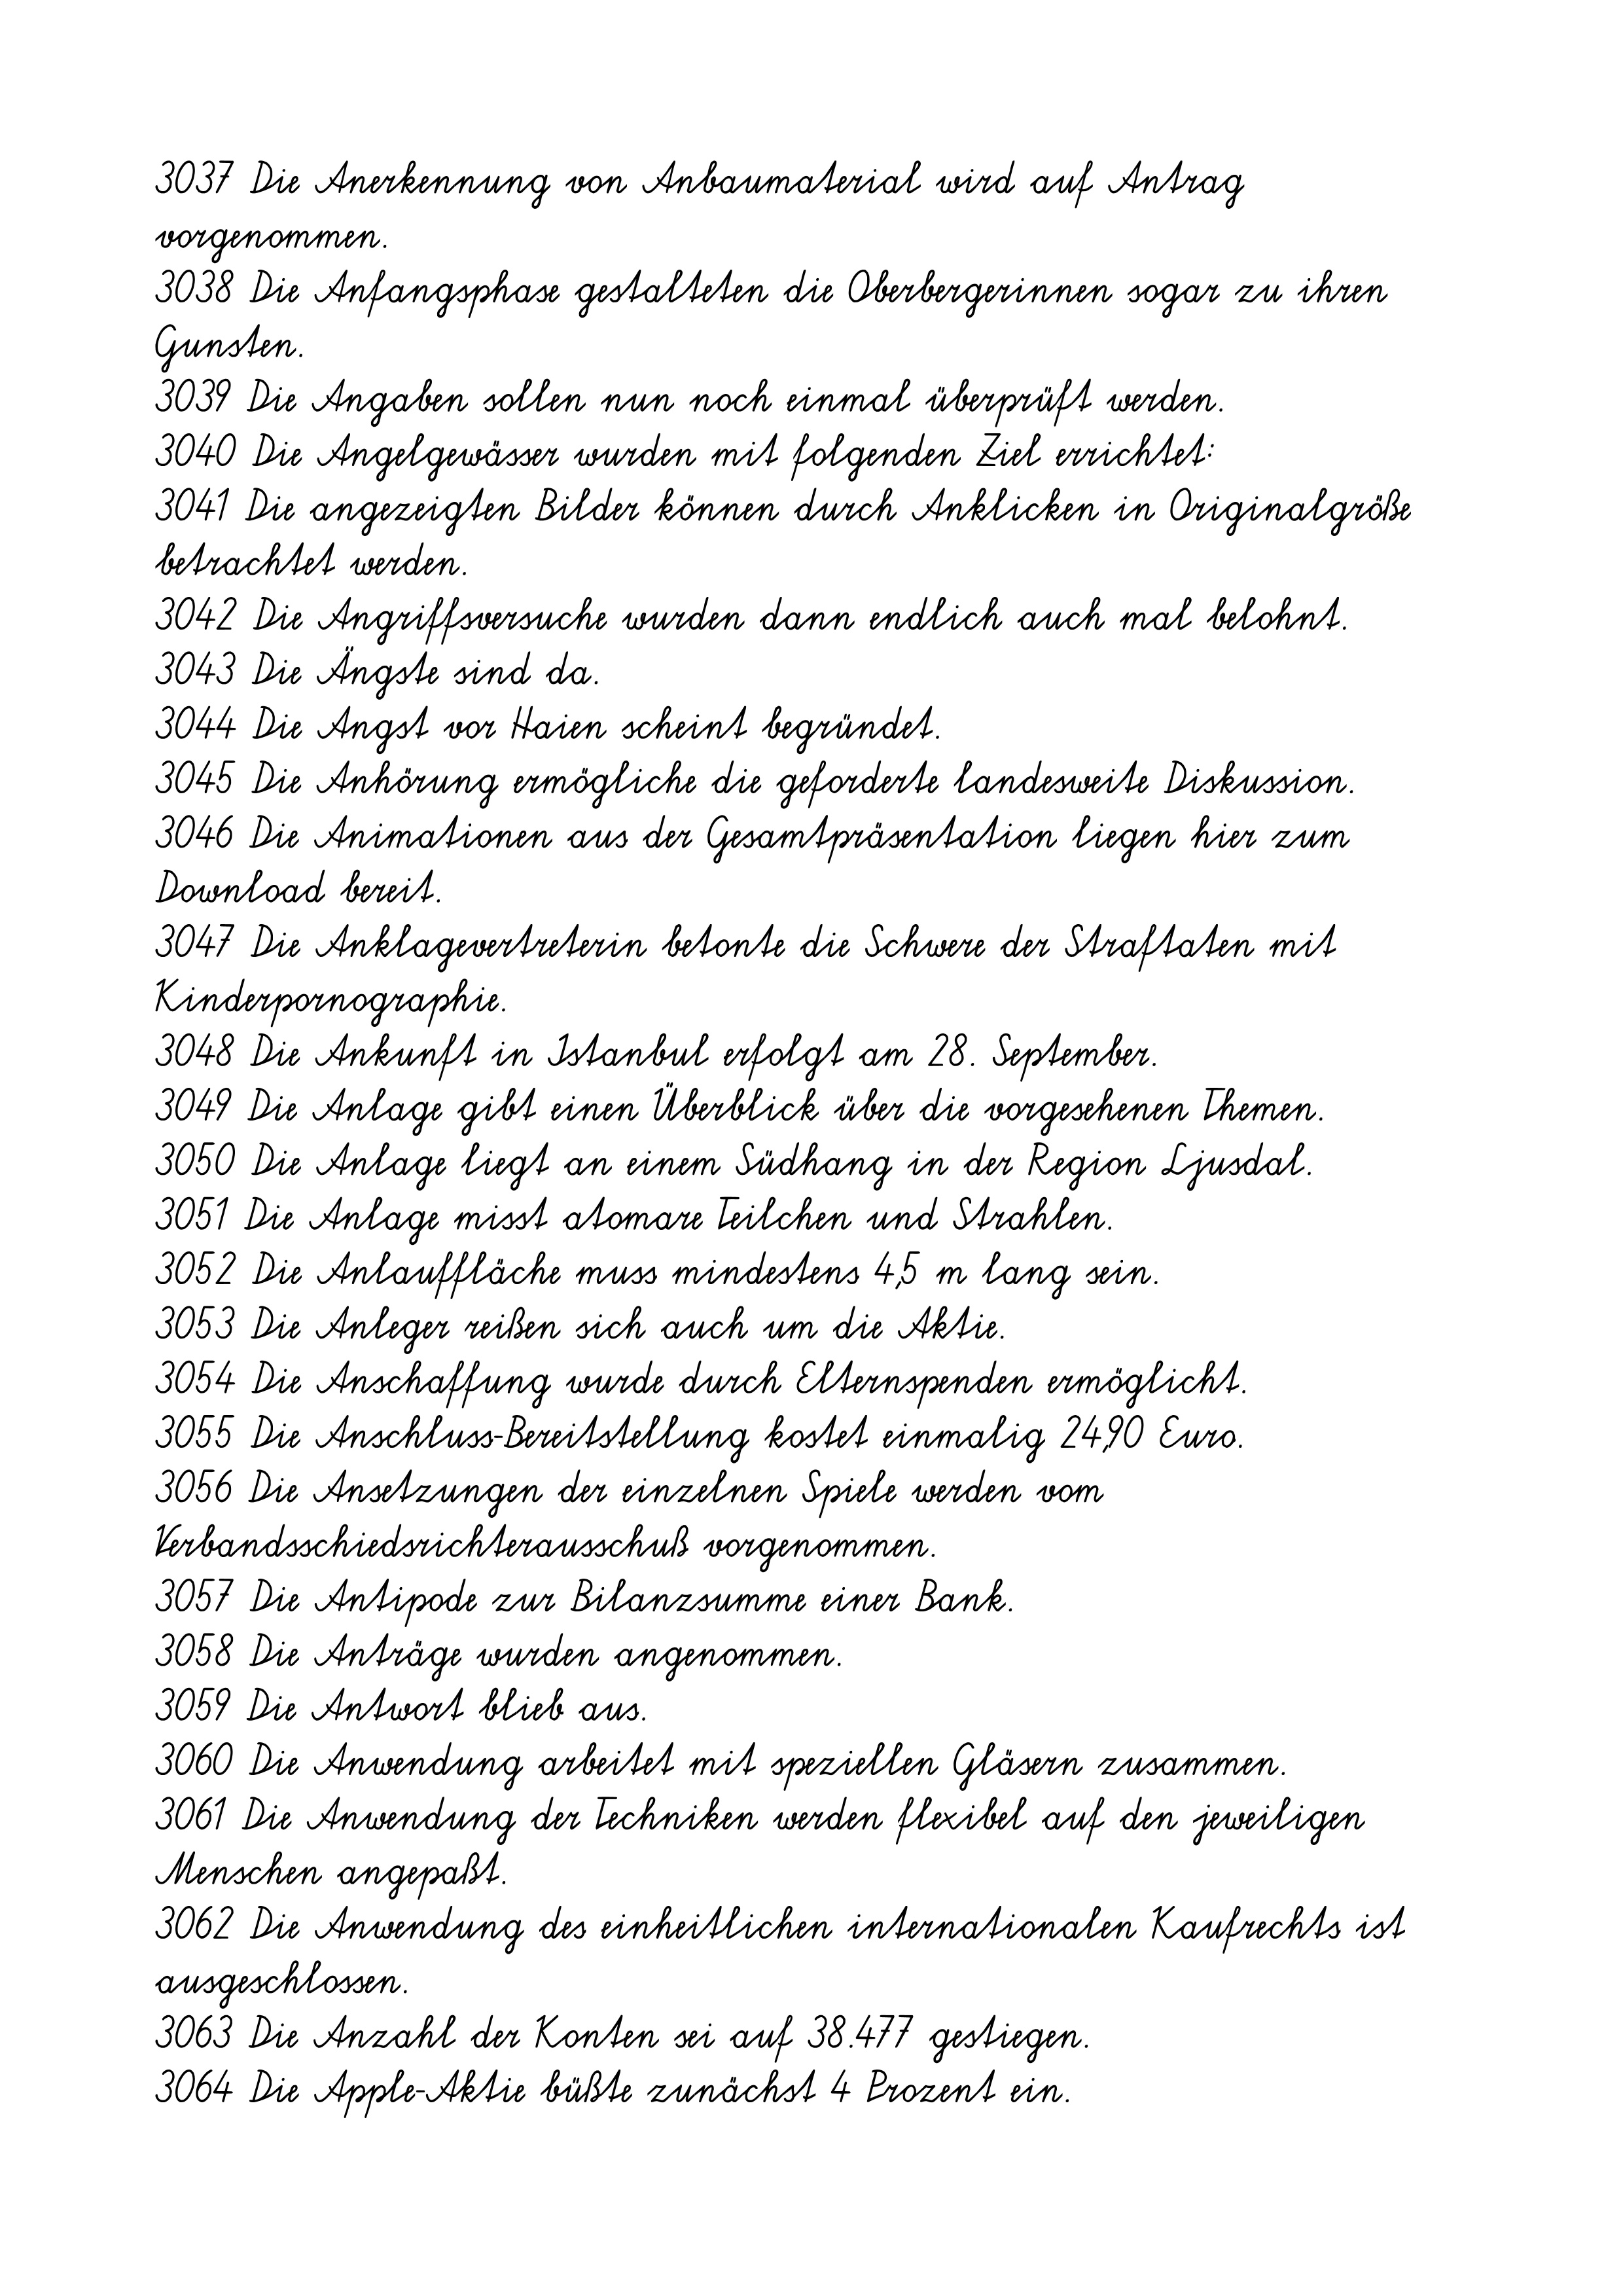
3037 Die Anerkennung von Anbaumaterial wird auf Antrag
vorgenommen.
3038 Die Anfangsphase gestalteten die Oberbergerinnen sogar zu ihren
Gunsten.
3039 Die Angaben sollen nun noch einmal überprüft werden.
3040 Die Angelgewässer wurden mit folgenden Ziel errichtet:
3041 Die angezeigten Bilder können durch Anklicken in Originalgröße
betrachtet werden.
3042 Die Angriffsversuche wurden dann endlich auch mal belohnt.
3043 Die Ängste sind da.
3044 Die Angst vor Haien scheint begründet.
3045 Die Anhörung ermögliche die geforderte landesweite Diskussion.
3046 Die Animationen aus der Gesamtpräsentation liegen hier zum
Download bereit.
3047 Die Anklagevertreterin betonte die Schwere der Straftaten mit
Kinderpornographie.
3048 Die Ankunft in Istanbul erfolgt am 28. September.
3049 Die Anlage gibt einen Überblick über die vorgesehenen Themen.
3050 Die Anlage liegt an einem Südhang in der Region Ljusdal.
3051 Die Anlage misst atomare Teilchen und Strahlen.
3052 Die Anlauffläche muss mindestens 4,5 m lang sein.
3053 Die Anleger reißen sich auch um die Aktie.
3054 Die Anschaffung wurde durch Elternspenden ermöglicht.
3055 Die Anschluss-Bereitstellung kostet einmalig 24,90 Euro.
3056 Die Ansetzungen der einzelnen Spiele werden vom
Verbandsschiedsrichterausschuß vorgenommen.
3057 Die Antipode zur Bilanzsumme einer Bank.
3058 Die Anträge wurden angenommen.
3059 Die Antwort blieb aus.
3060 Die Anwendung arbeitet mit speziellen Gläsern zusammen.
3061 Die Anwendung der Techniken werden flexibel auf den jeweiligen
Menschen angepaßt.
3062 Die Anwendung des einheitlichen internationalen Kaufrechts ist
ausgeschlossen.
3063 Die Anzahl der Konten sei auf 38.477 gestiegen.
3064 Die Apple-Aktie büßte zunächst 4 Prozent ein.